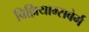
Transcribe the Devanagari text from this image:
विल्लियाम्सबेर्ग